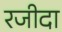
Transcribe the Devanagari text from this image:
रजीदा